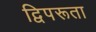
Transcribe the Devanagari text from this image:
द्विपरूता